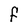
Character: F